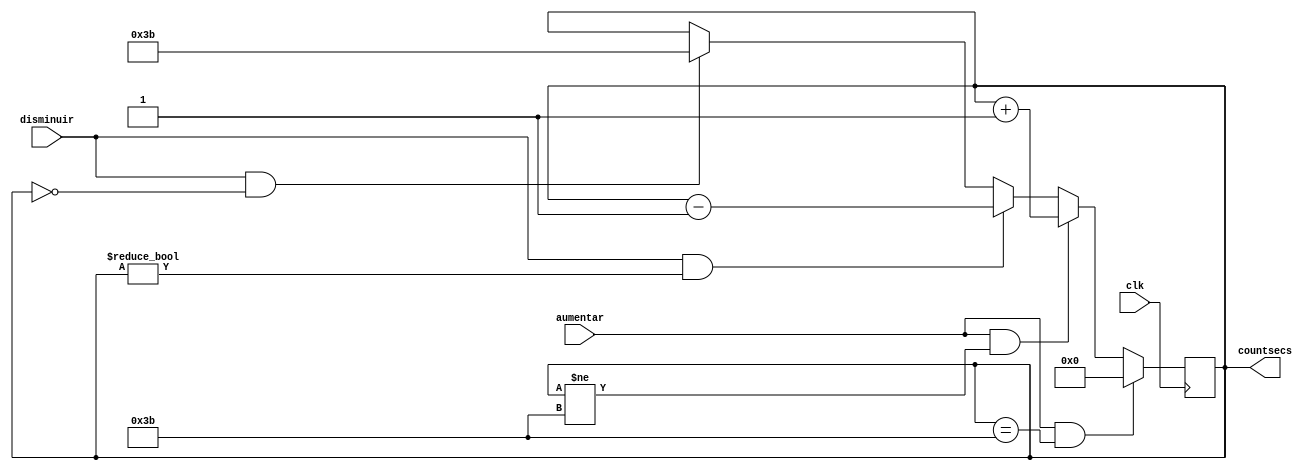
`timescale 1ns / 10ps

module countseconds(
		input wire clk,
		input wire aumentar, disminuir,
		output reg [7:0] countsecs
    );

initial countsecs = 0;

always @(posedge clk) begin
	if ((aumentar)&&(countsecs == 59))
		countsecs = 0;
	else if ((aumentar)&&(countsecs != 59))
		countsecs = countsecs + 1'b1;
	else if ((disminuir)&&(countsecs != 0)) 
		countsecs = countsecs - 1'b1;
	else if ((disminuir)&&(countsecs == 0))
		countsecs = 59;
end
endmodule